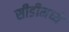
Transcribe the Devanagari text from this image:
सीडीमध्ये